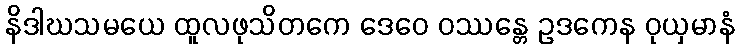
နိဒါဃသမယေ ထူလဖုသိတကေ ဒေဝေ ဝဿန္တေ ဥဒကေန ဝုယှမာနံ